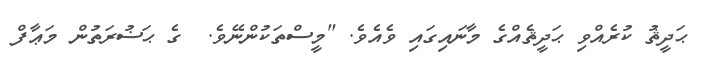
ޙަދީޘު ކުރެއްވި ޙަދީޘެއްގެ މާނައިގައި ވެއެވެ. "މީސްތަކުންނޭވެ.  ގެ ޙަޟުރަތުން މަޢާފް